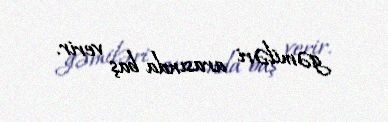
gəmiləri arasında baş verir.